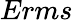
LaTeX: Erms